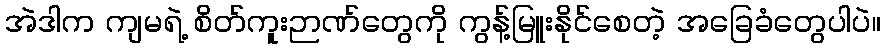
အဲဒါက ကျမရဲ့ စိတ်ကူးဉာဏ်တွေကို ကွန့်မြူးနိုင်စေတဲ့ အခြေခံတွေပါပဲ။